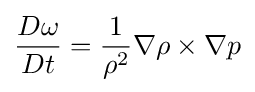
{\frac {D\omega }{Dt}}={\frac {1}{\rho ^{2}}}\nabla \rho \times \nabla p